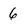
Character: 6